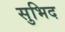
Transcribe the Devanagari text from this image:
सुभिद